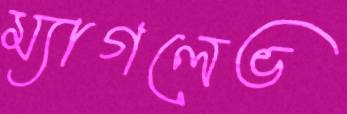
ম্যাগলেভ